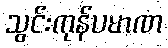
သွင်းကုန်ပမာဏ